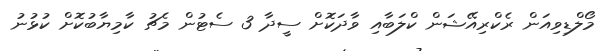
މޯލްޑިވިއަން ރެކްރިއޭޝަން ކްލަބާއި ވާދަކޮށް ސީދާ 3 ސެޓުން މެޗު ކާމިޔާބުކޮށް ކުޅުނު